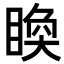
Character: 𥈉